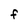
Character: F